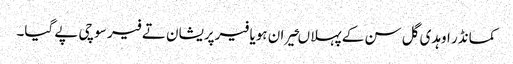
کمانڈر اوہدی گل سن کے پہلا ںحیران ہویا فیرپریشان تے فیر سوچی پے گیا۔